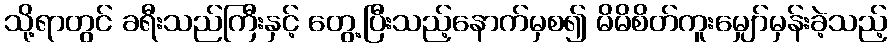
သို့ရာတွင် ခရီးသည်ကြီးနှင့် တွေ့ပြီးသည့်နောက်မှစ၍ မိမိစိတ်ကူးမျှော်မှန်းခဲ့သည့်